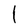
Character: l